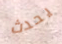
يحدث